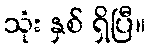
သုံး နှစ် ရှိပြီ။